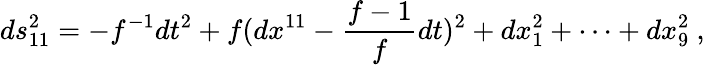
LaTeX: ds_{11}^{2}=-f^{-1}dt^{2}+f(dx^{11}-\frac{f-1}{f}dt)^{2}+dx_{1}^{2}+\cdots+dx_{9}^{2}~,